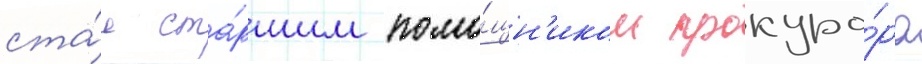
ста́л ста́ршим помо́щн'иком прокуро́ра